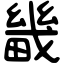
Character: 畿